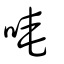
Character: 唵